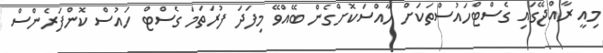
މިއީ ރާއްޖޭގައި ގެސްޓްހައުސްތަކަށް ހާއްސަކޮށްގެން ބޭއްވޭ މިފަދަ ފުރަތަމަ ގެސްޓް ހައުސް ކޮންފަރެންސް